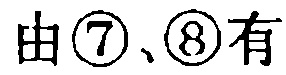
由\textcircled{7}、\textcircled{8}有